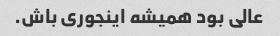
عالی بود همیشه اینجوری باش.